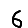
Digit: 6